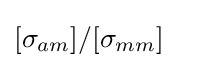
[\sigma _{am}]/[\sigma _{mm}]\quad